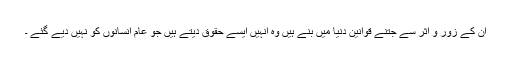
ان کے زور و اثر سے جتنے قوانین دنیا میں بنے ہیں وہ انہیں ایسے حقوق دیتے ہیں جو عام انسانوں کو نہیں دیے گئے ۔